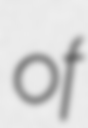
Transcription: of